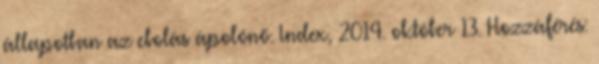
állapotban az ebolás ápolónő. Index, 2014. október 13. Hozzáférés: